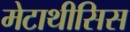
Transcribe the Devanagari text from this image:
मेटाथीसिस